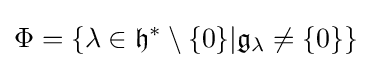
\Phi =\{\lambda \in {\mathfrak {h}}^{*}\setminus \{0\}|{\mathfrak {g}}_{\lambda }\neq \{0\}\}